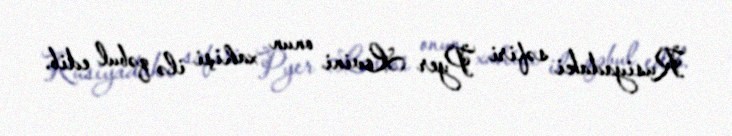
Rusiyadaki səfiri Pyer Levini onun xahişi ilə qəbul edib.